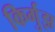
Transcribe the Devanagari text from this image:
किर्गुझ